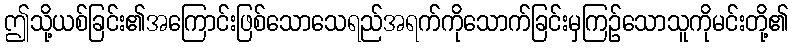
ဤသို့ယစ်ခြင်း၏အကြောင်းဖြစ်သောသေရည်အရက်ကိုသောက်ခြင်းမှကြဉ်သောသူကိုမင်းတို့၏